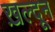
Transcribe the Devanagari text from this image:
ख़ल्दून